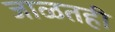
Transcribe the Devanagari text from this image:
जाळतही